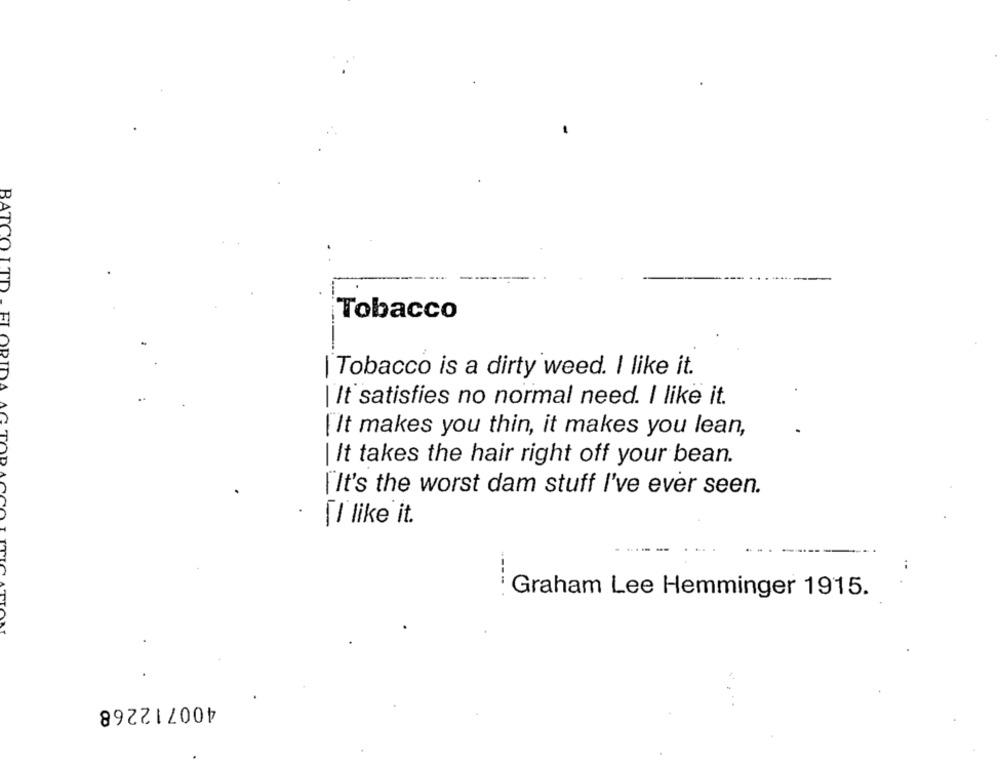
BATCO LTD .
Tobacco
| Tobacco is a dirty weed. I like it.
FLORID
| It satisfies no normal need. I like it.
[ It makes you thin, it makes you lean,
| It takes the hair right off your bean.
It's the worst dam stuff I've ever seen.
[I like it.
..
---
Graham Lee Hemminger 1915.
400712268